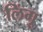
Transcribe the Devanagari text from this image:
लिंगू